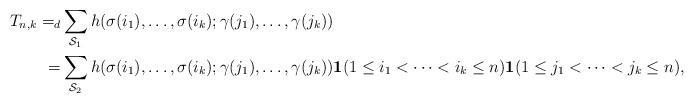
LaTeX: \begin{align*}T_{n,k} =_d& \sum_{\mathcal{S}_1} h(\sigma(i_1),\ldots,\sigma(i_k);\gamma(j_1),\ldots,\gamma(j_k))\\=& \sum_{\mathcal{S}_2} h(\sigma(i_1),\ldots,\sigma(i_k);\gamma(j_1),\ldots,\gamma(j_k)) \mathbf{1}(1 \leq i_1 < \cdots < i_k \leq n) \mathbf{1}(1 \leq j_1 < \cdots < j_k \leq n),\end{align*}